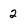
Character: 2